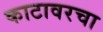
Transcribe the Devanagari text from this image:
काटावरचा